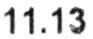
11.13